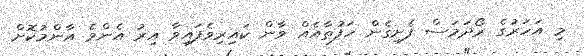
މި އަހަރުގެ ރޯދަމަސް ފެށިގެން ހަފުތާއެއް ވާން ކައިރިވެފައިވާ އިރު އެންމެ އާންމުކޮށް